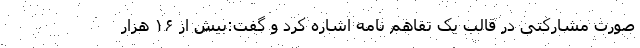
صورت مشارکتی در قالب یک تفاهم نامه اشاره کرد و گفت:بیش از ۱۶ هزار